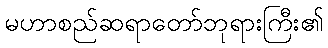
မဟာစည်ဆရာတော်ဘုရားကြီး၏